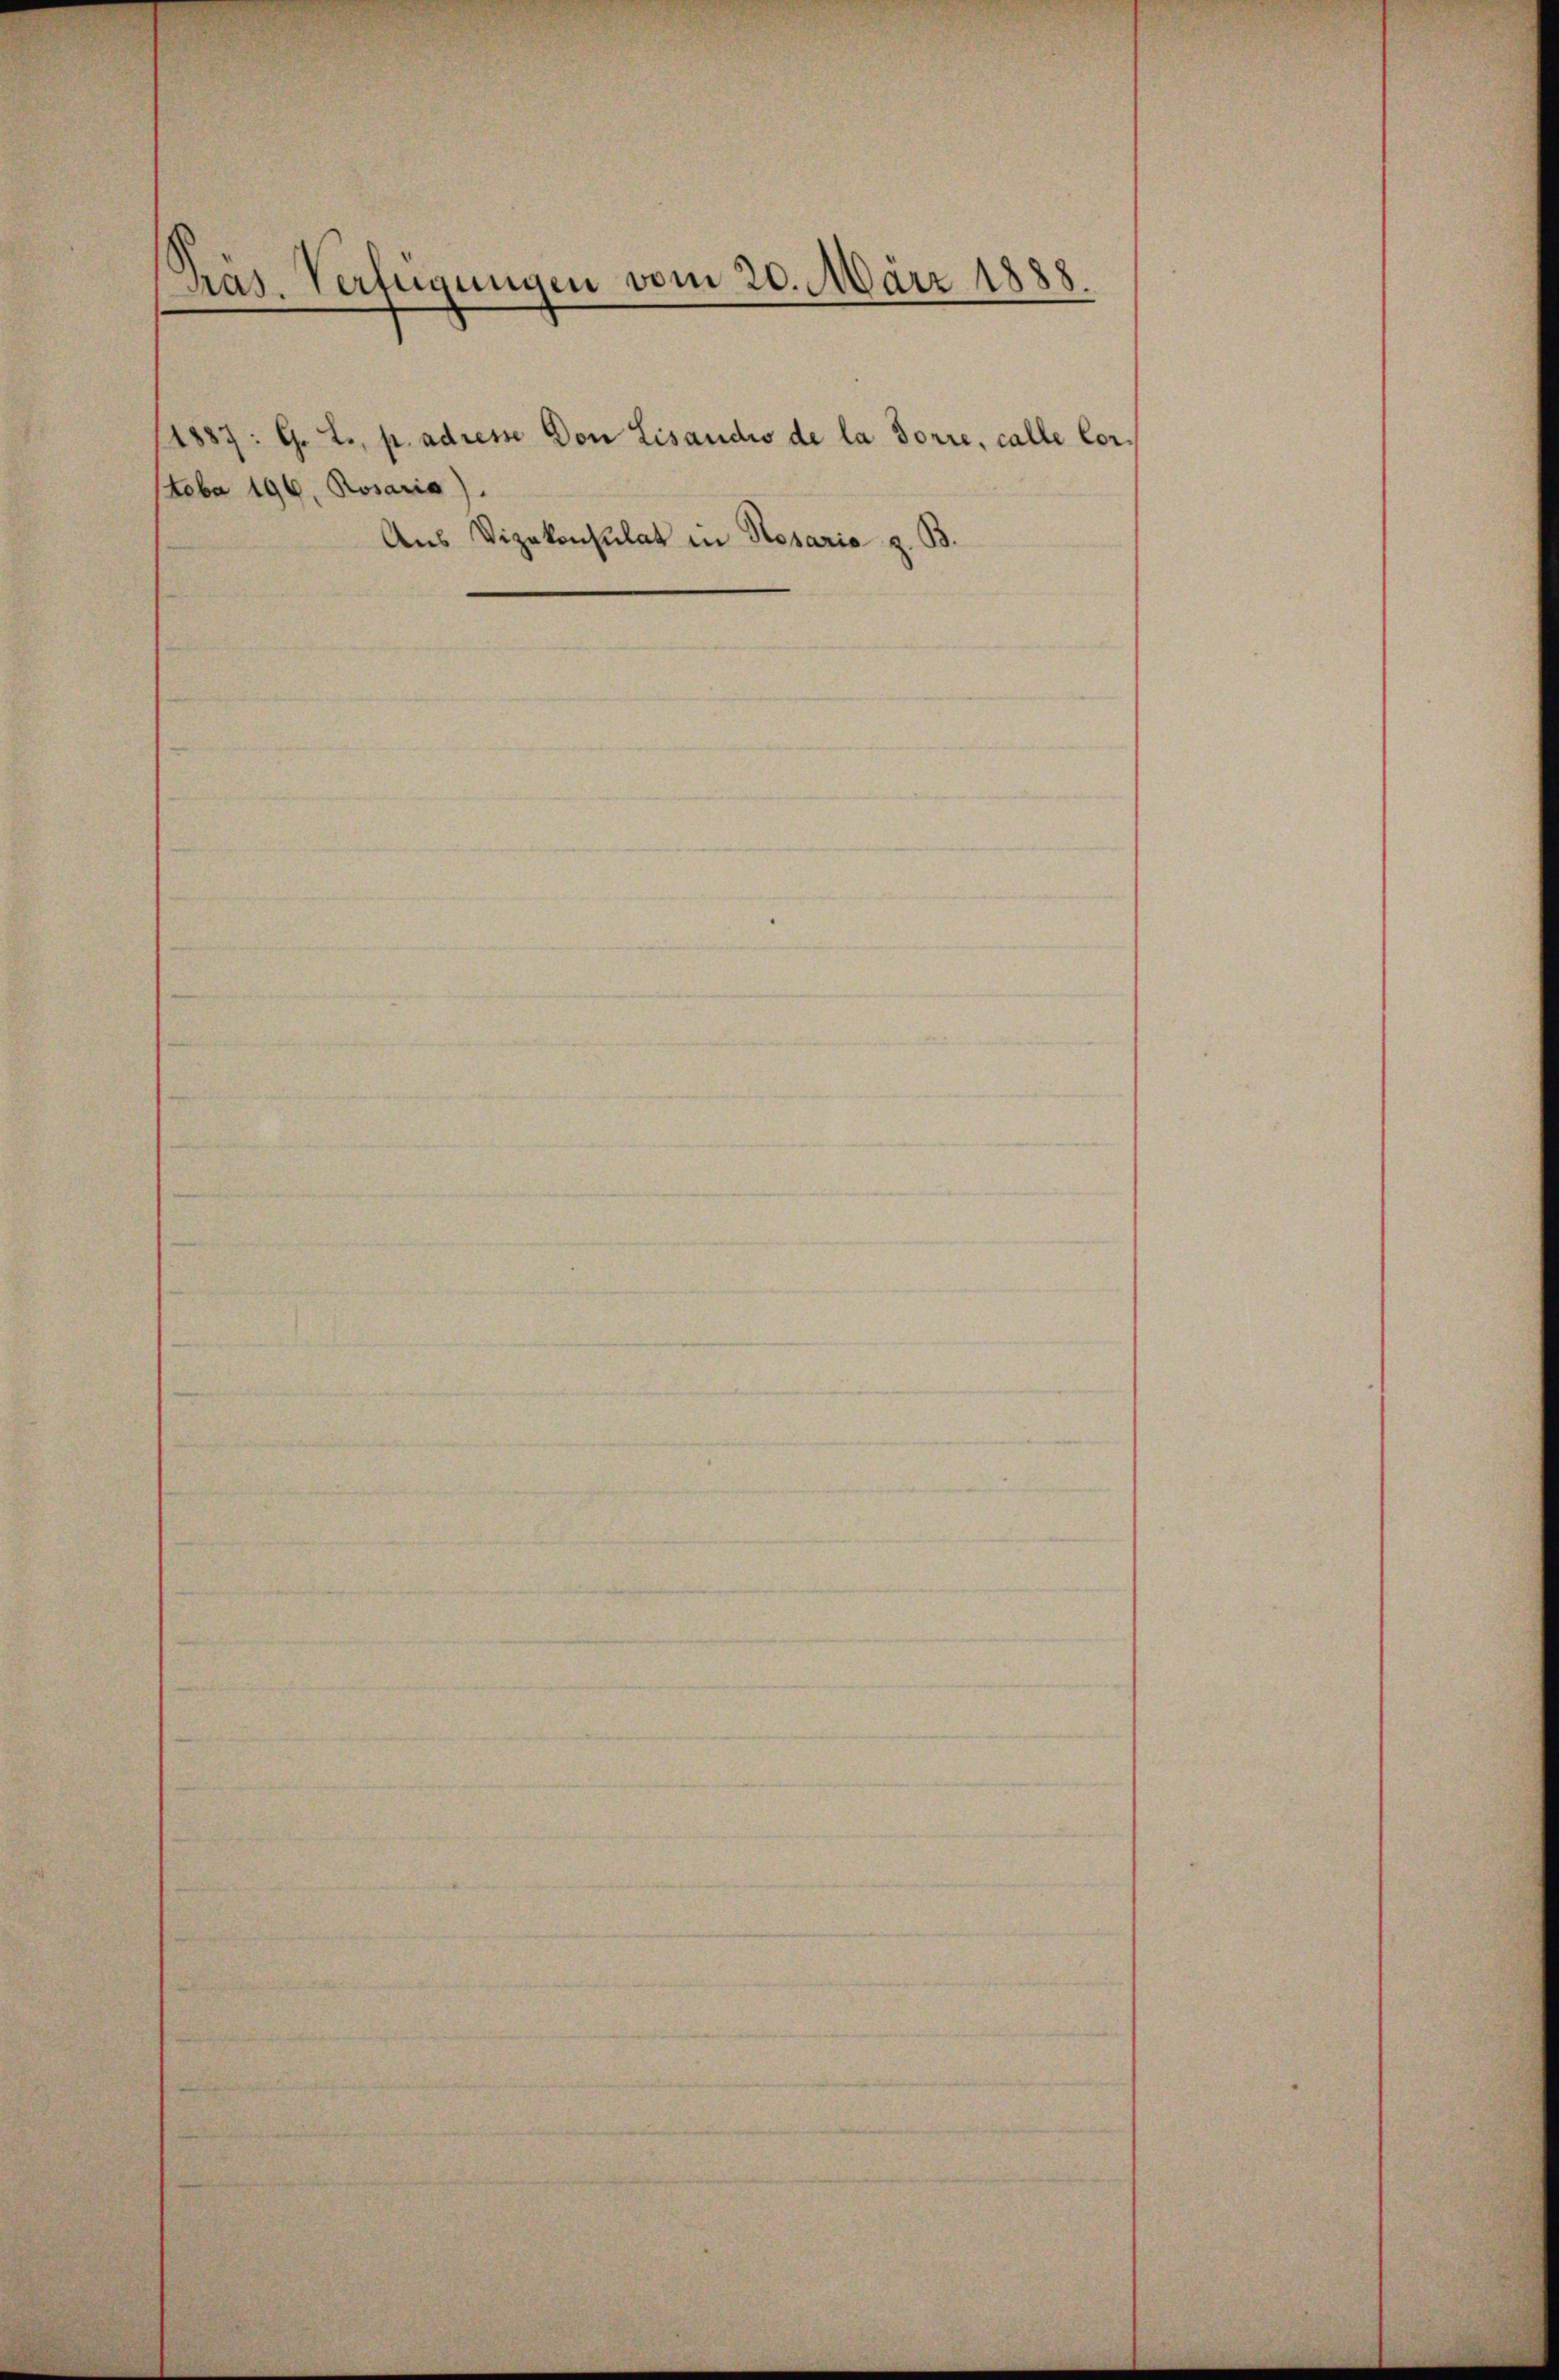
Präs. Verfügungen vom 20. März 1888.

(1887 : G. L., p. adrem Don Lisaudis de la Sorre, calle Cor¬

Stoba 196, Rosario).

Aus Vizekonsulat in Rosaria z. B.